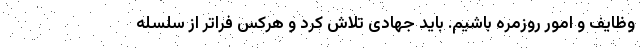
وظایف و امور روزمره باشیم. باید جهادی تلاش کرد و هرکس فراتر از سلسله